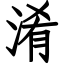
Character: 淆